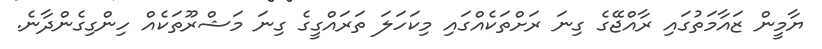
ޔާމީން ޒައާމަތުގައި ރާއްޖޭގެ ގިނަ ރަށްތަކެއްގައި މިކަހަލަ ތަރައްގީގެ ގިނަ މަޝްރޫތަކެއް ހިންގިގެންދާނެ.